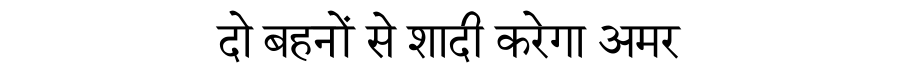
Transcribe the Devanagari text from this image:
दो बहनों से शादी करेगा अमर